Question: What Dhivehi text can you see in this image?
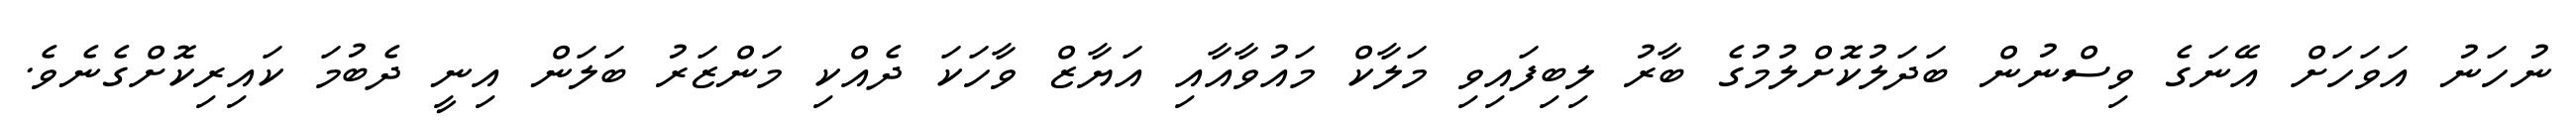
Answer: ނުހަނު އަވަހަށް އޭނަގެ ވިސްނުން ބަދަލުކޮށްލުމުގެ ބާރު ލިބިފައިވި މަލާކް މައުވާއާއި އަޔާޒް ވާހަކަ ދެއްކި މަންޒަރު ބަލަން އިނީ ދެބުމަ ކައިރިކޮށްގެނެވެ.